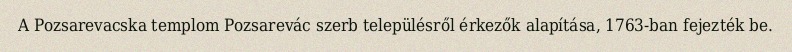
A Pozsarevacska templom Pozsarevác szerb településről érkezők alapítása, 1763-ban fejezték be.